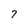
Character: 7